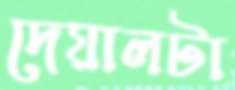
দেয়ালটা